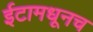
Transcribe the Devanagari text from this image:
ईटामधूनच